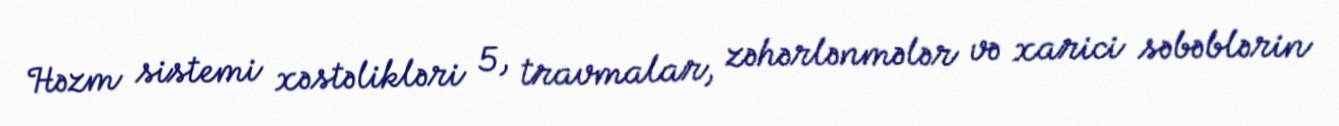
Həzm sistemi xəstəlikləri 5, travmalar, zəhərlənmələr və xarici səbəblərin